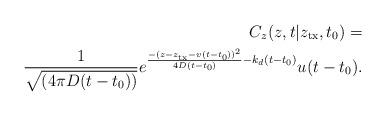
LaTeX: \begin{align*}{C_z}(z,t|{z_{\rm tx}},{t_0}) = \\\frac{1}{{{\sqrt{(4\pi D(t - {t_0}))}}}}{e^{\frac{{ - {{(z - {z_{\rm tx}} - v(t - {t_0}))}^2}}}{{4D(t - {t_0})}} - {k_d}(t - {t_0})}} u(t-t_0).\end{align*}